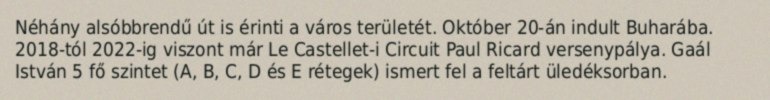
Néhány alsóbbrendű út is érinti a város területét. Október 20-án indult Buharába. 2018-tól 2022-ig viszont már Le Castellet-i Circuit Paul Ricard versenypálya. Gaál István 5 fő szintet (A, B, C, D és E rétegek) ismert fel a feltárt üledéksorban.